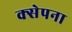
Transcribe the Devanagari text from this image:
क्सेपना